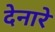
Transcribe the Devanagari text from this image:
देनारे